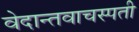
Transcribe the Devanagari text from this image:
वेदान्तवाचस्पती